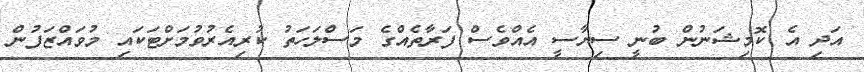
އަދި އެ ކޮމިޝަނުން ބުނީ ސިޔާސީ އެއްވެސް ފަރާތެއްގެ މަސްލަހަތު ކުރިއެރުވުމަށްޓަކައި މުވައްޒަފުން